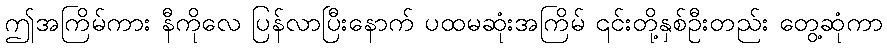
ဤအကြိမ်ကား နီကိုလေ ပြန်လာပြီးနောက် ပထမဆုံးအကြိမ် ၎င်းတို့နှစ်ဦးတည်း တွေ့ဆုံကာ